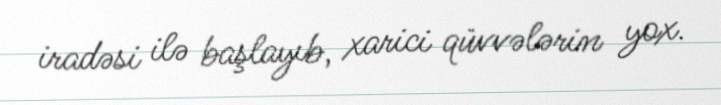
iradəsi ilə başlayıb, xarici qüvvələrin yox.